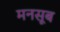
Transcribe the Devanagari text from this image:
मनसूब